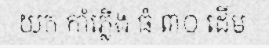
យក កាំភ្លើង ធំ ៣០ ដើម